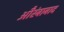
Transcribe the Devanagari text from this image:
औरंबाबाद